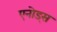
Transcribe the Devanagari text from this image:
एनोड्स